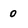
Character: 0